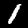
Digit: 1